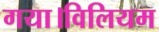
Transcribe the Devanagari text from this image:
गया।विलियम